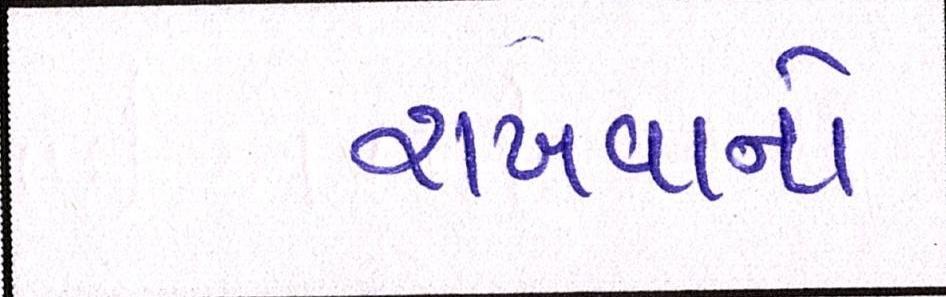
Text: રાખવાનો